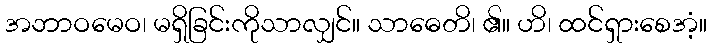
အဘာဝမေဝ၊ မရှိခြင်းကိုသာလျှင်။ သာဓေတိ၊ ၏။ ဟိ၊ ထင်ရှားစေအံ့။